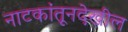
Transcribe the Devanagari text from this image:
नाटकांतूनदेखील